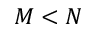
M < N